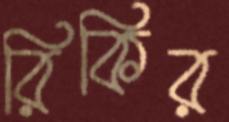
রিকির